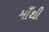
માઁથી